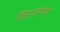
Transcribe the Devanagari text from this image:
डिझाइनफेज